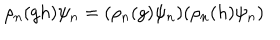
LaTeX: \rho _ { n } ( g h ) \psi _ { n } = ( \rho _ { n } ( g ) \psi _ { n } ) ( \rho _ { n } ( h ) \psi _ { n } )